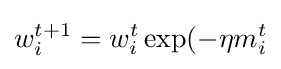
w_{i}^{t+1}=w_{i}^{t}\exp(-\eta m_{i}^{t}